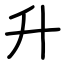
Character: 升